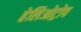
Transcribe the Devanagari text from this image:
हेलिओट्रोप